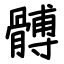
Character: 髆